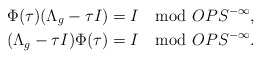
\begin{align*} & \Phi(\tau)(\Lambda_g - \tau I) = I \mod OPS^{-\infty}, \\ & (\Lambda_g - \tau I)\Phi(\tau) = I \mod OPS^{-\infty}.\end{align*}